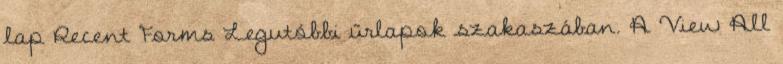
lap Recent Forms Legutóbbi űrlapok szakaszában. A View All